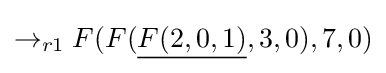
\rightarrow _{r1}F(F({\underline {F(2,0,1)}},3,0),7,0)